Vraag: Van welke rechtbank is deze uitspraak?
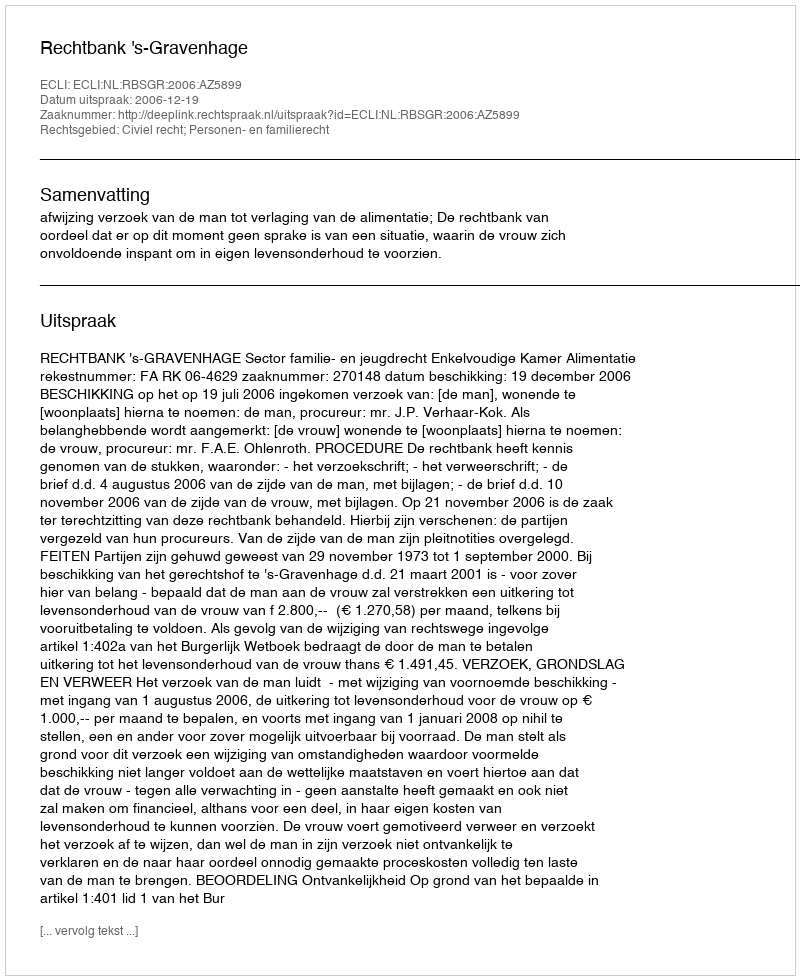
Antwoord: Rechtbank 's-Gravenhage